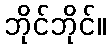
ဘိုင်ဘိုင်။